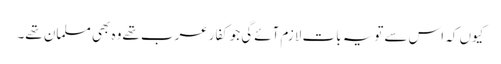
کیوں کہ اس سےتویہ بات لازم آئےگی جوکفارعرب تھےوہ بھی مسلمان تھے۔